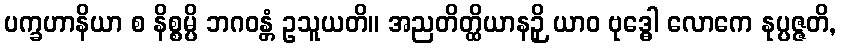
ပက္ခဟာနိယာ စ နိစ္စမ္ပိ ဘဂဝန္တံ ဥသူယတိ။ အညတိတ္ထိယာနဉှိ ယာဝ ဗုဒ္ဓေါ လောကေ နုပ္ပဇ္ဇတိ,